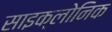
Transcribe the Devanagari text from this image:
साइक्लोनिक